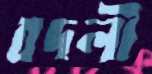
বদলী